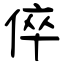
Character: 倅